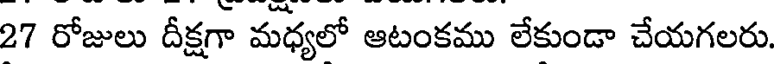
27 రోజులు దీక్షగా మధ్యలో ఆటంకము లేకుండా చేయగలరు.